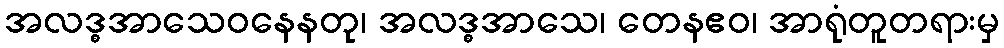
အလဒ္ဓအာသေဝနေနတု၊ အလဒ္ဓအာသေ၊ တေနဧဝ၊ အာရုံတူတရားမှ